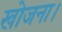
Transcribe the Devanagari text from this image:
खोजना।